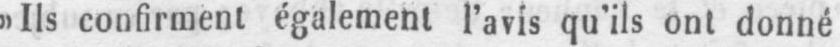
»Ils confirment également l’avis qu’ils ont donné